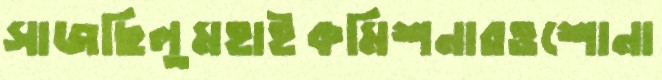
সাজছিলুমহাইকমিশনারওশোনা